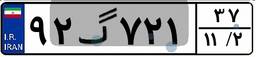
۹۲گ۷۲۱۳۷